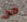
من